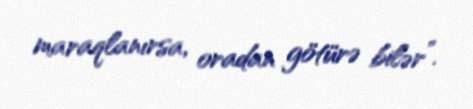
maraqlanırsa, oradan götürə bilər”.